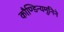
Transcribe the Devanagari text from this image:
कौण्डिन्यमुनिने